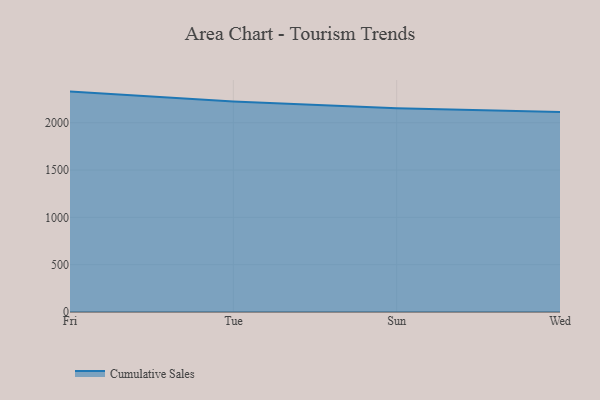
{"axis": {"x": "Day", "y": "Demand Index"}, "legend": ["Cumulative Sales"], "data": [{"x": "Fri", "y": 2329.1, "type": "Cumulative Sales"}, {"x": "Tue", "y": 2224.5, "type": "Cumulative Sales"}, {"x": "Sun", "y": 2152.8, "type": "Cumulative Sales"}, {"x": "Wed", "y": 2113.2, "type": "Cumulative Sales"}]}